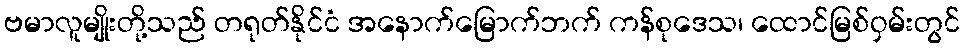
ဗမာလူမျိုးတို့သည် တရုတ်နိုင်ငံ အနောက်မြောက်ဘက် ကန်စုဒေသ၊ ထောင်မြစ်ဝှမ်းတွင်